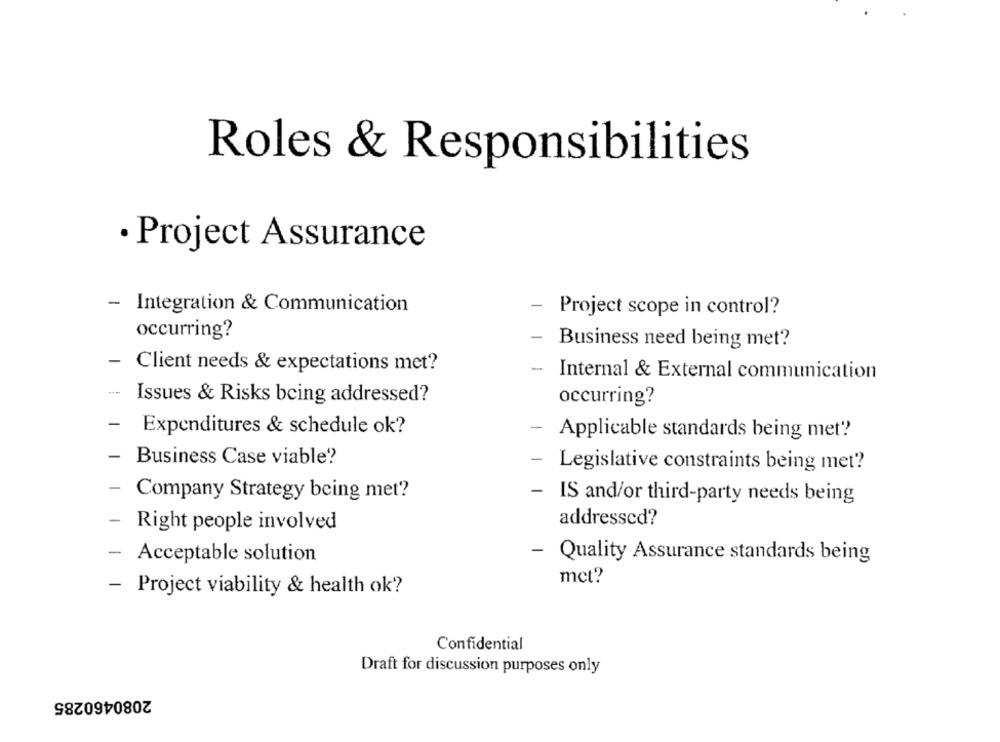
Roles & Responsibilities
Project Assurance
-
Integration & Communication
-
Project scope in control?
occurring?
-
Business need being met?
Client needs & expectations met?
-
Internal & External communication
Issues & Risks being addressed?
occurring?
-
Expenditures & schedule ok?
Applicable standards being met?
Business Case viable?
-
Legislative constraints being met?
-
Company Strategy being met?
- IS and/or third-party needs being
addressed?
- Right people involved
- Acceptable solution
- Quality Assurance standards being
mct?
- Project viability & health ok?
Confidential
Draft for discussion purposes only
2080460285